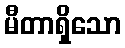
မီတာရှိသော